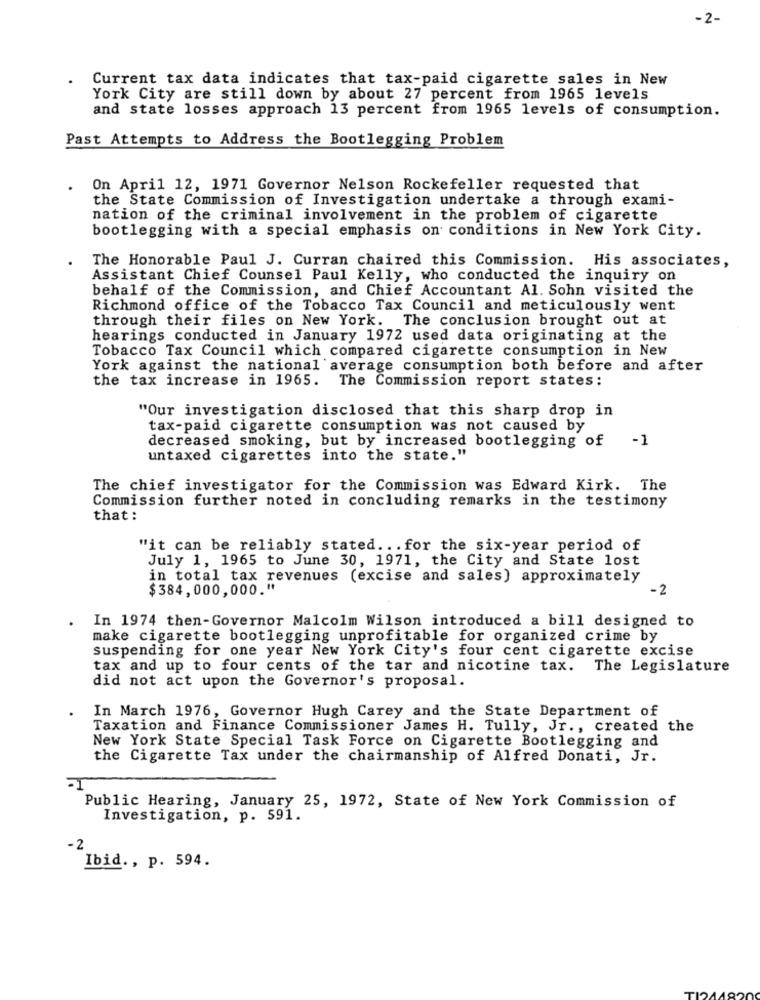
-2-
Current tax data indicates that tax-paid cigarette sales in New
York City are still down by about 27 percent from 1965 levels
and state losses approach 13 percent from 1965 levels of consumption.
Past Attempts to Address the Bootlegging Problem
On April 12, 1971 Governor Nelson Rockefeller requested that
the State Commission of Investigation undertake a through exami-
nation of the criminal involvement in the problem of cigarette
bootlegging with a special emphasis on conditions in New York City.
The Honorable Paul J. Curran chaired this Commission. His associates,
Assistant Chief Counsel Paul Kelly, who conducted the inquiry on
behalf of the Commission, and Chief Accountant Al. Sohn visited the
Richmond office of the Tobacco Tax Council and meticulously went
through their files on New York. The conclusion brought out at
hearings conducted in January 1972 used data originating at the
Tobacco Tax Council which compared cigarette consumption in New
York against the national average consumption both before and after
the tax increase in 1965. The Commission report states:
"Our investigation disclosed that this sharp drop in
tax-paid cigarette consumption was not caused by
decreased smoking, but by increased bootlegging of -1
untaxed cigarettes into the state."
The chief investigator for the Commission was Edward Kirk. The
Commission further noted in concluding remarks in the testimony
that:
"it can be reliably stated ... for the six-year period of
July 1, 1965 to June 30, 1971, the City and State lost
in total tax revenues (excise and sales) approximately
$384,000,000."
-2
In 1974 then-Governor Malcolm Wilson introduced a bill designed to
make cigarette bootlegging unprofitable for organized crime by
suspending for one year New York City's four cent cigarette excise
tax and up to four cents of the tar and nicotine tax. The Legislature
did not act upon the Governor's proposal.
In March 1976, Governor Hugh Carey and the State Department of
Taxation and Finance Commissioner James H. Tully, Jr ., created the
New York State Special Task Force on Cigarette Bootlegging and
the Cigarette Tax under the chairmanship of Alfred Donati, Jr.
Public Hearing, January 25, 1972, State of New York Commission of
Investigation, p. 591.
-2
Ibid ., p. 594.